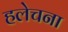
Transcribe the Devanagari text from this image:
हलेचना